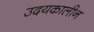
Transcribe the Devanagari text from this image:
उदयकालीन